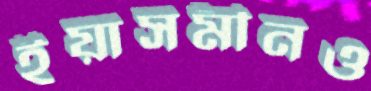
ইয়াসমীনও